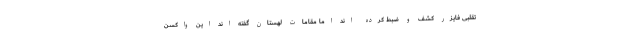
تقلبی فایزر کشف و ضبط کرده اند اما مقامات لهستان گفته اند این واکسن